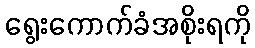
ရွေးကောက်ခံအစိုးရကို